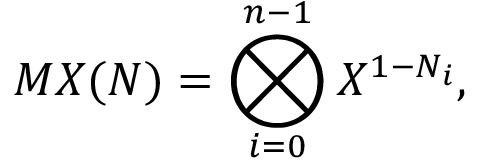
M X ( N ) = \bigotimes _ { i = 0 } ^ { n - 1 } X ^ { 1 - N _ { i } } ,